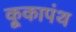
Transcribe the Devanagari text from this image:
कूकापंथ